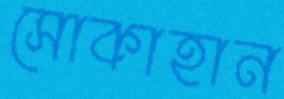
সোকাহান